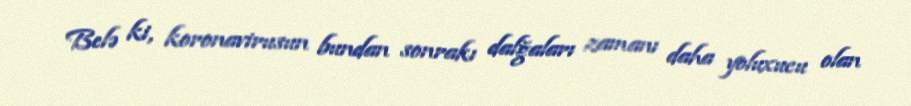
Belə ki, koronavirusun bundan sonrakı dalğaları zamanı daha yoluxucu olan